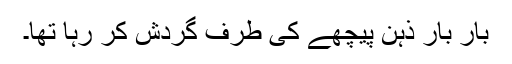
بار بار ذہن پیچھے کی طرف گردش کر رہا تھا۔